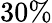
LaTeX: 30\%